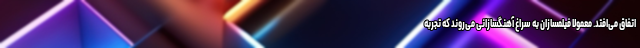
اتفاق می‌افتد. معمولا فیلمسازان به سراغ آهنگسازانی می‌روند که تجربه